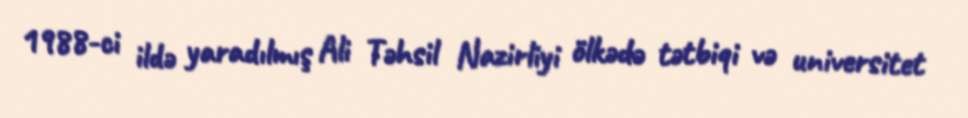
1988-ci ildə yaradılmış Ali Təhsil Nazirliyi ölkədə tətbiqi və universitet